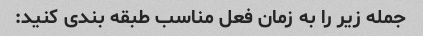
جمله زیر را به زمان فعل مناسب طبقه بندی کنید: